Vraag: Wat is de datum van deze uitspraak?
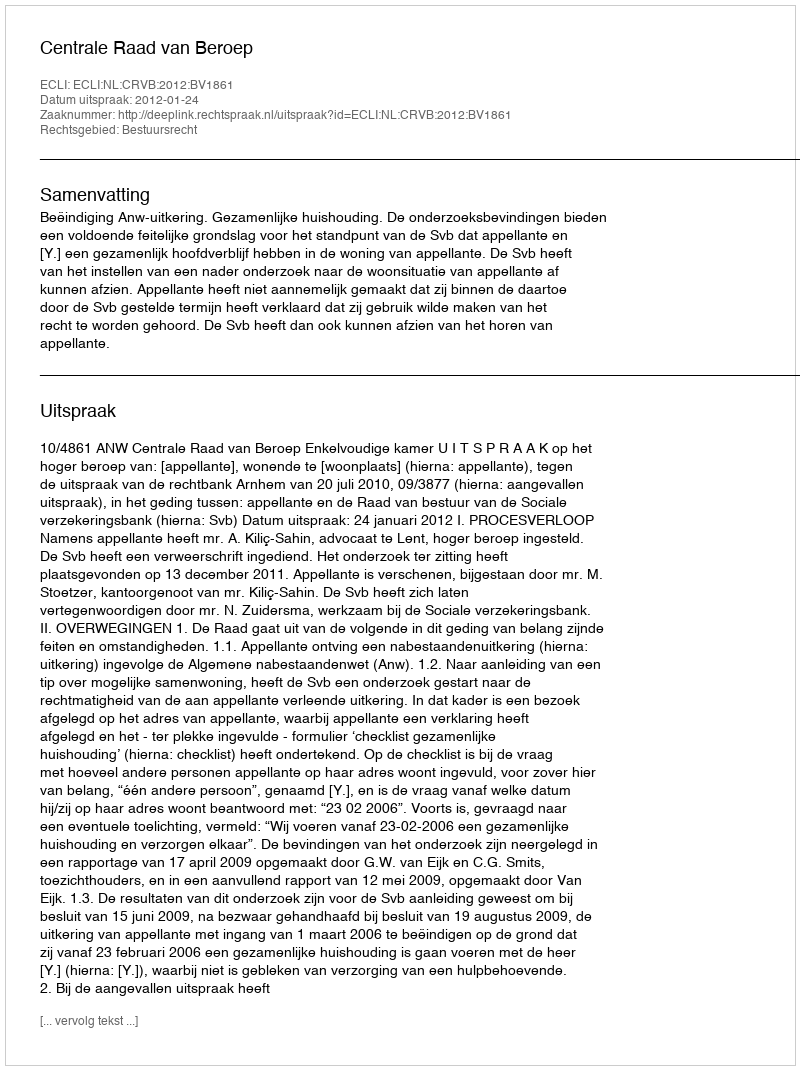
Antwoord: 2012-01-24